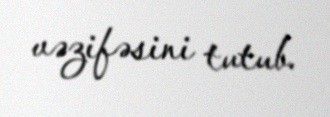
vəzifəsini tutub.